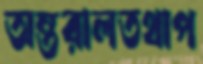
অন্তরালতথাপ